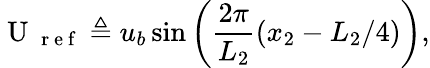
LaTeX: \mathrm{~U~}_{\mathrm{~r~e~f~}}\triangleq u_{b}\sin\left(\frac{2\pi}{L_{2}}(x_{2}-L_{2}/4)\right),